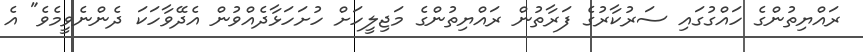
ރައްޔިތުންގެ ހައްގުގައި ސަރުކާރުގެ ފަރާތުން ރައްޔިތުންގެ މަޖިލީހަށް ހުށަހަޅާދެއްވުން އެދޭވާހަކަ ދެންނެވީމެވެ" އެ